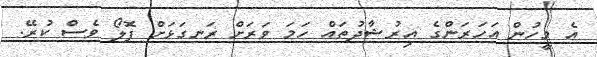
އެ މީހުން އަހަރަންގެ އިރުޝާދުތައް ހަމަ ވަރަށް ރަނގަޅަށް ފޮލޯ ވެސް ކުރޭ.